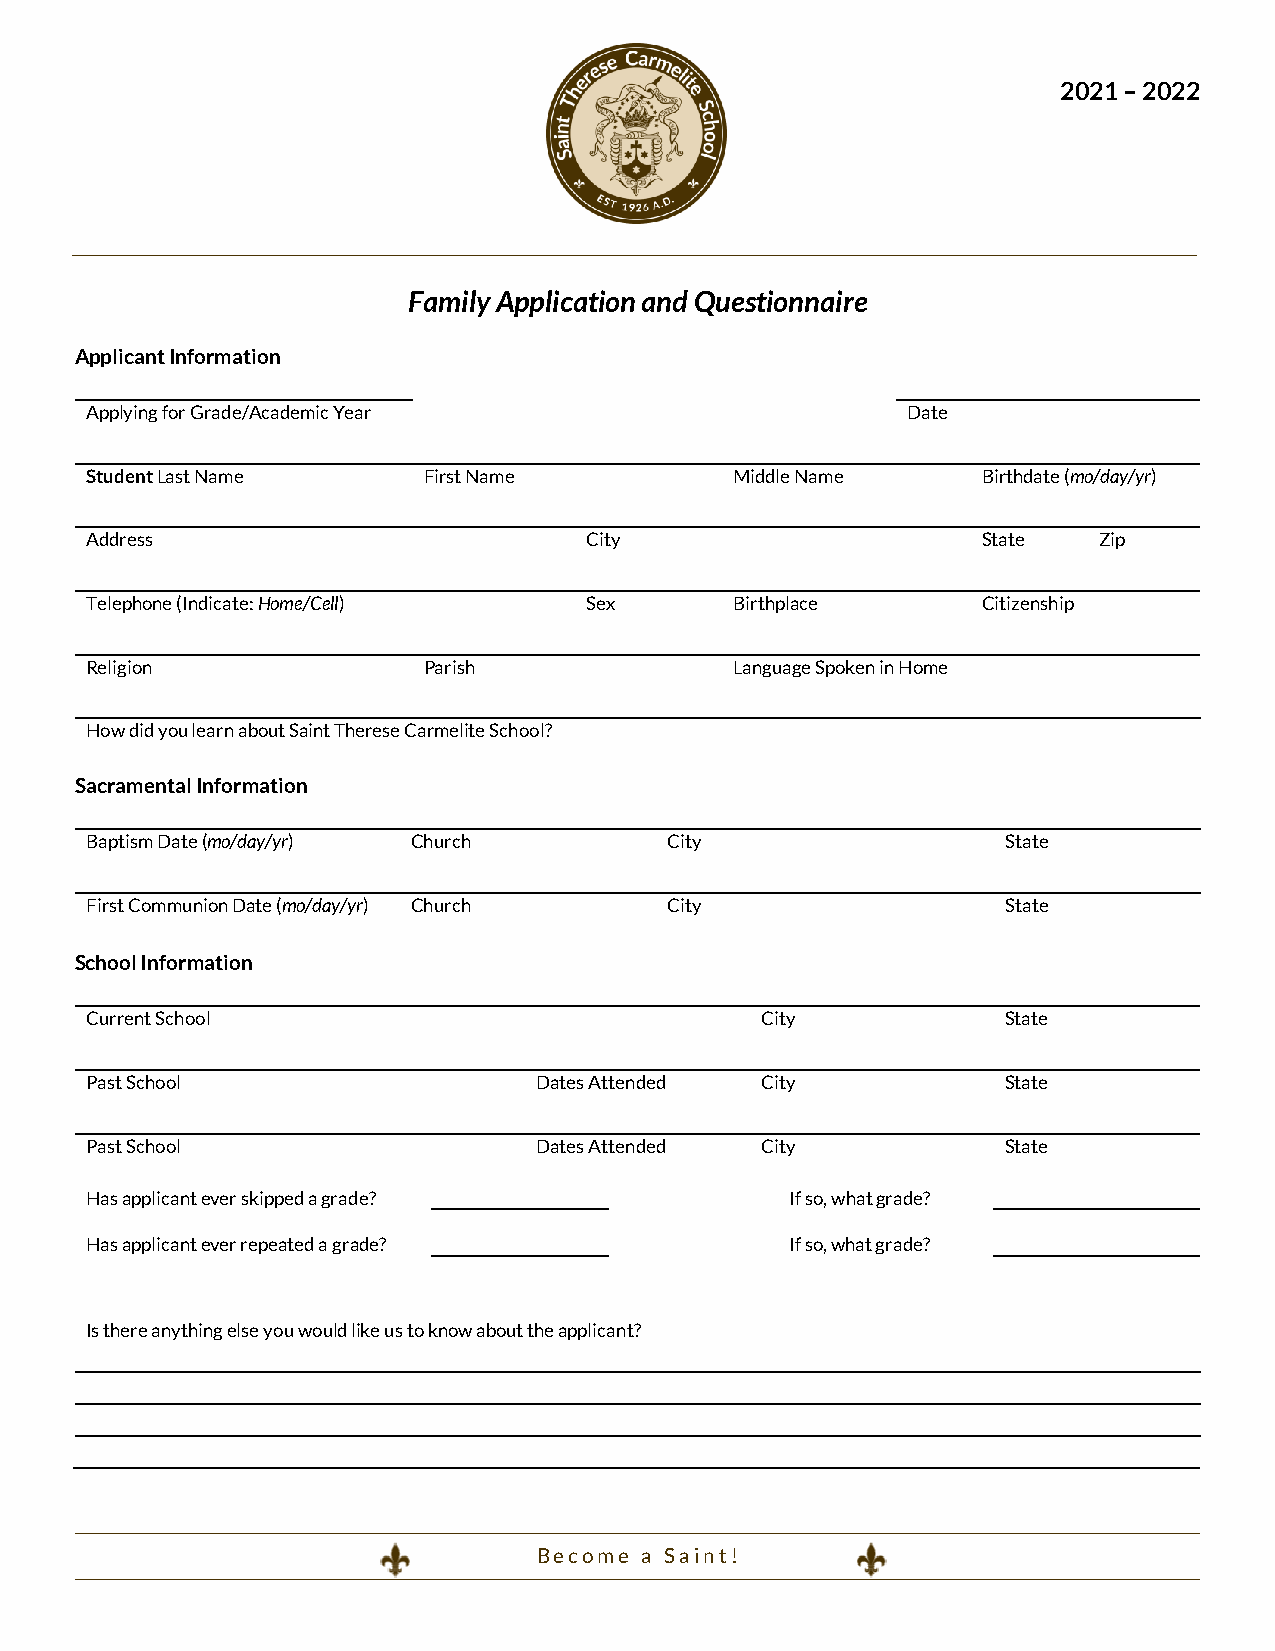
2021 – 2022
 Family Application and Questionnaire
 Applicant Information
 Applying for Grade/Academic Year                      Date
 Student Last Name     First Name           Middle Name     Birthdate (mo/day/yr)
 Address                          City                      State   Zip
 Telephone (Indicate: Home/Cell)  Sex       Birthplace      Citizenship
 Religion              Parish               Language Spoken in Home
 How did you learn about Saint Therese Carmelite School?
 Sacramental Information
 Baptism Date (mo/day/yr) Church       City                   State
 First Communion Date (mo/day/yr) Church City                 State
 School Information
 Current School                              City             State
 Past School                   Dates Attended City            State
 Past School                   Dates Attended City            State
 Has applicant ever skipped a grade?           If so, what grade?
 Has applicant ever repeated a grade?          If so, what grade?
 Is there anything else you would like us to know about the applicant?
 B e c o m e a S a i n t !